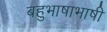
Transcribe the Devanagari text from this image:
बहुभाषाभाषी